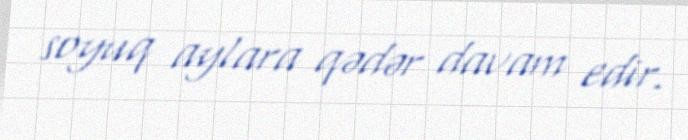
soyuq aylara qədər davam edir.